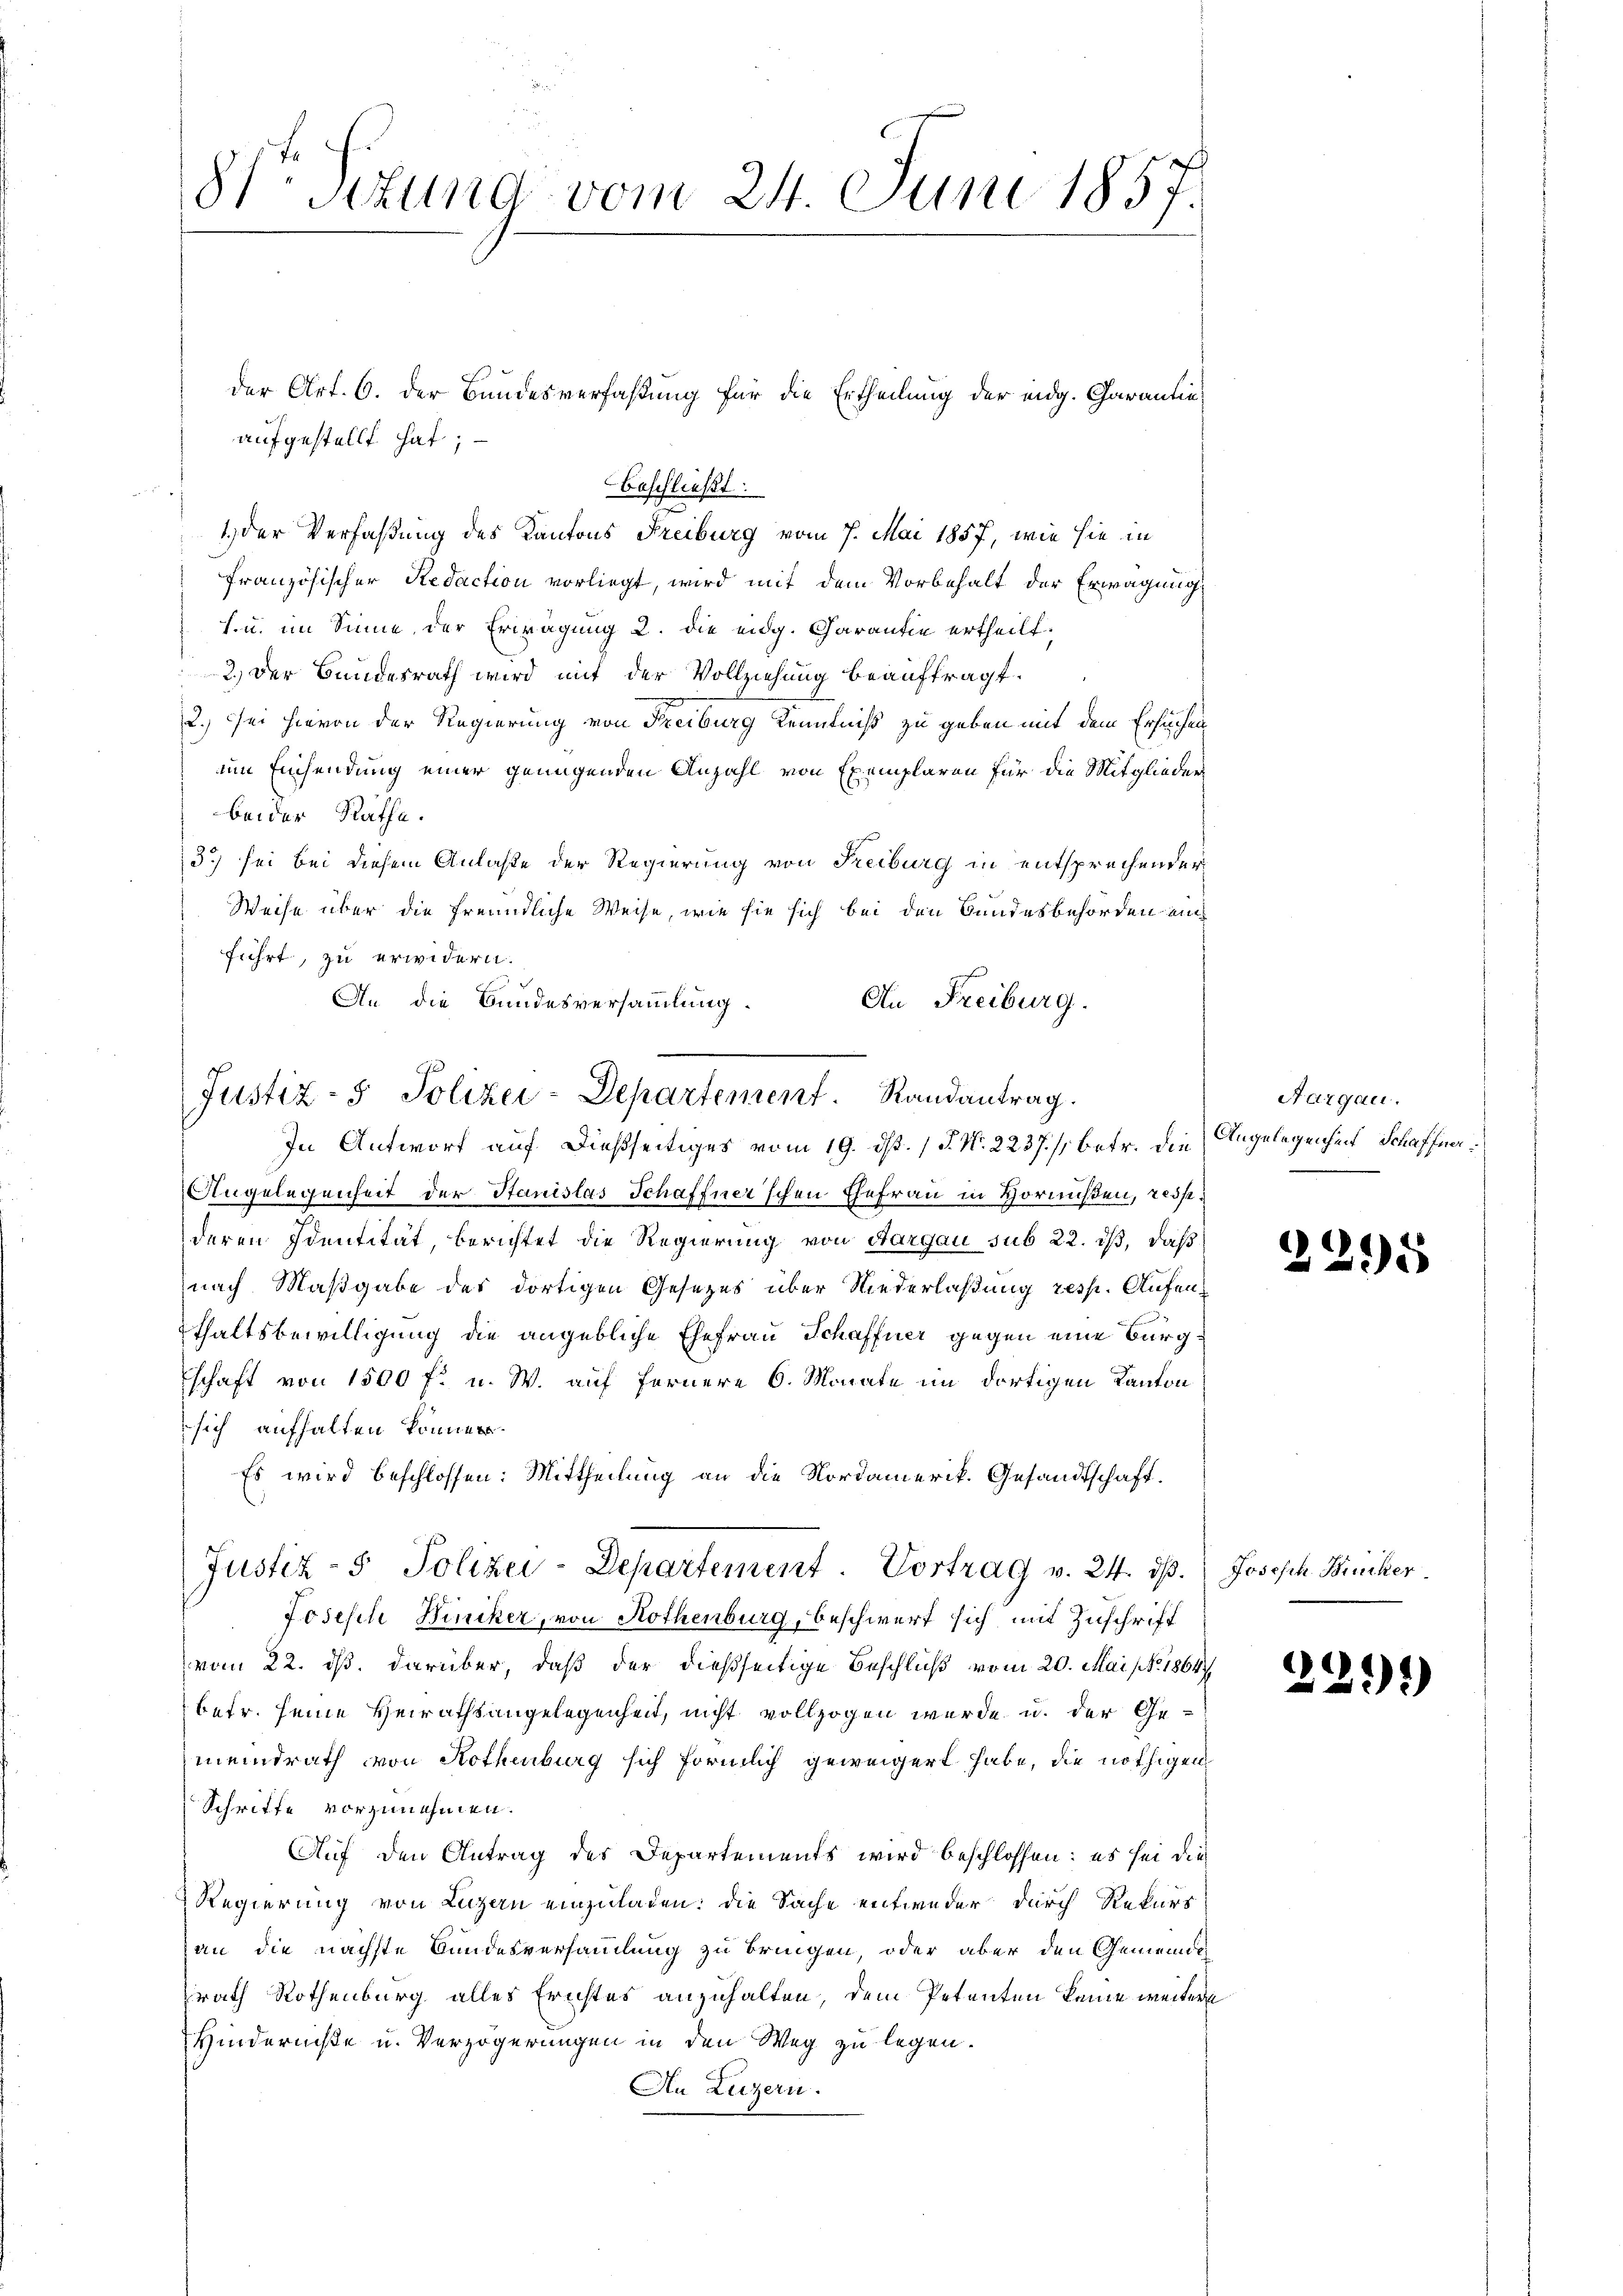
8te Situng vom 24. Juni 1857.

der Art. 6. der Bundesverfaßung für die Ertheilung der eidg. Garantie
aufgestellt hat;
beschließt:
n
1.) Der Verfaßung des Kantons Freiburg vom 7. Mai 1857, wie sie in
französischer Redaction vorliegt, wird mit dem Vorbehalt der Erwägung
s. u. im Sinne der Erwägung 2. die eidg. Garantie ertheilt.
2.) Der Bundesrath wird mit der Vollziehung beauftragt.
2.) Sei hievon der Regierung von Freiburg Kenntniß zu geben mit dem Ersuchen
im Einsendung einer genügenden Anzahl von Exemplaren für die Mitgliederbeider Räthe.
3) sei bei diesem Anlaße der Regierung von Freiburg in entsprechender
Weise über die freundliche Weise, wie sie sich bei den Bundesbehörden ei
führt, zu erwidern.
An die Bundesversammlung.
An Freiburg.
In Antwort auf dießseitiges vom 19. ds. (T. N. 2237. /, betr. die Angelegenheit Schaffne¬
Angelegenheit der Stanislas Schaffner'schen Ehefrau in Hornußen, reisderen Identität, berichtet die Regierung von Aargau sub 22. dβ, daß
nach Maßgabe des dortigen Gesetzes über Niederlaßung resp. Aufenthaltsbewilligung die angebliche Ehefrau Schaffner gegen eine Bürgschaft von 1500 f. u. W. auf fernere 6. Monate im dortigen Kanton
sich aufhalten können.
Es wird beschlossen: Mittheilung an die Nordamerik. Gesandtschaft.
Justiz- & Polizei-Departement. Vortrag v. 24. ds.
Josesch Winiker, von Rothenburg, beschwert sich mit Zuschrift
vom 22. ds. darüber, daß der dießseitige Beschluß vom 20. Mai No. 1864
betr. seine Heirathsangelegenheit, nicht vollzogen wurde u. der Ge-
meindrath von Rothenburg sich förmlich geweigert habe, die nöthigen
Schrifte vorzunehmen.
Auf den Antrag des Departements wird beschlossen: es sei die
Regierung von Luzern einzuladen: die Sache entweder durch Rekurs
an die nächste Bundesversammlung zu bringen, oder aber den Gemeinde
rath Rothenburg alles Erichtes anzuhalten, dem Petenten keine weitere
Hinderniße u. Verzögerungen in den Weg zu legen.
Au Luzern.

Justiz- & Polizei-Departement. Randantrag.

Aargau,
e

2295

Joseph Brucker

229)